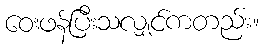
ဝေးဖန်ပြီးသလျှင်ကတည်း။